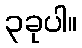
၃ခုပါ။